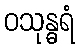
ဝသုန္ဓရံ